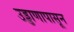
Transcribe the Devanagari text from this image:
उड्डाणापासून